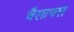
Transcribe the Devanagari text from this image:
वैलाथल